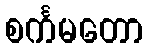
စင်္ကမတော